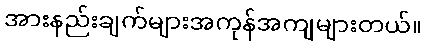
အားနည်းချက်များအကုန်အကျများတယ်။